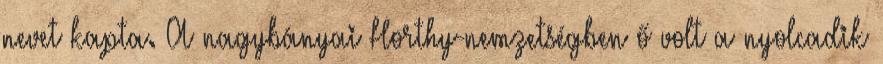
nevet kapta. A nagybányai Horthy-nemzetségben ő volt a nyolcadik